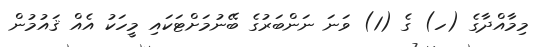
މިމާއްދާގެ (ހ) ގެ (1) ވަނަ ނަންބަރުގެ ބޭނުމަށްޓަކައި މީހަކު އެއް ޤައުމުން